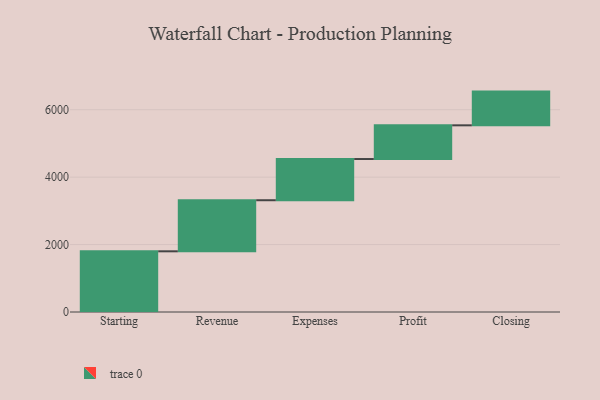
{"axis": {"x": "Step", "y": "Value"}, "legend": [""], "data": [{"x": "Starting", "y": 1800.0, "type": ""}, {"x": "Revenue", "y": 1515.0, "type": ""}, {"x": "Expenses", "y": 1222.0, "type": ""}, {"x": "Profit", "y": 1000, "type": ""}, {"x": "Closing", "y": 1000, "type": ""}]}